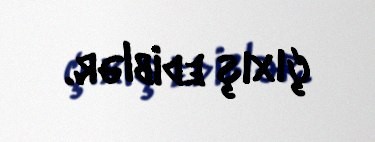
çıxış ediblər.